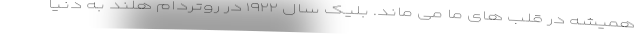
همیشه در قلب های ما می ماند. بلیک سال ۱۹۲۲ در روتردام هلند به دنیا